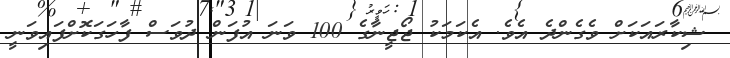
ޝިކާރައަކަށް ވެގެންދެ އެވެ. އެކަމަކު ޖޯޖީނާގެ 100 ވަނަ އުފަން ދުވަސް ފާހަގަކޮށްފައިވަނީ